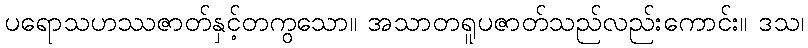
ပရောသဟဿဇာတ်နှင့်တကွသော။ အသာတရူပဇာတ်သည်လည်းကောင်း။ ဒသ၊